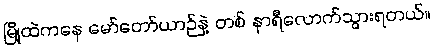
မြို့ထဲကနေ မော်တော်ယာဉ်နဲ့ တစ် နာရီလောက်သွားရတယ်။